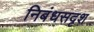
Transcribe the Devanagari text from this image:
निबंधसदृश